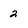
Character: 2